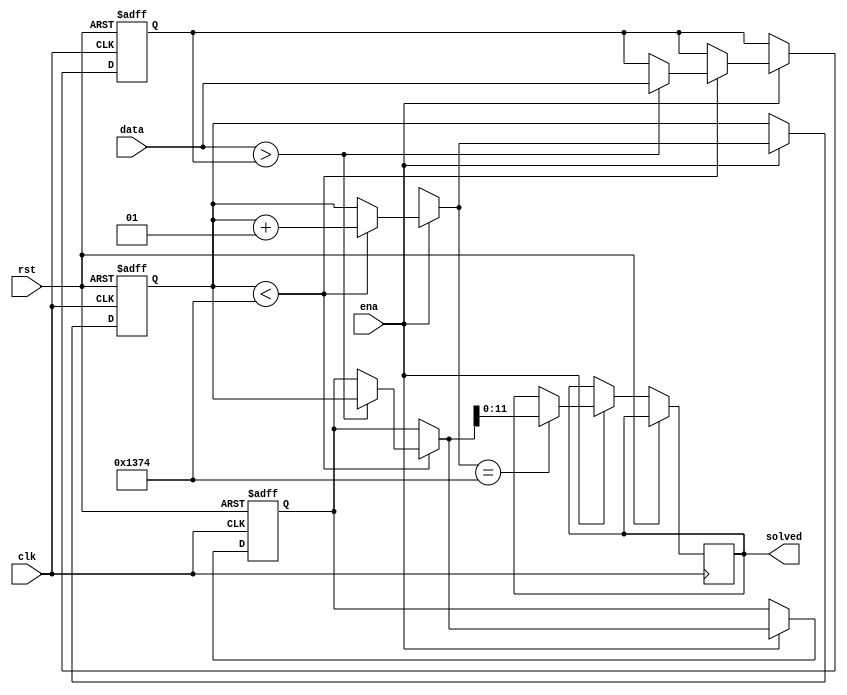
module SOLVER 
#(
	//Parametr iloci argumentw funkcji wyjciowej korelacji
	parameter corr = 4980

)(
	//Sygnay wejcia i wyjcia
	input rst,
	input clk,
	input [20:0] data,
	input ena,
	output reg [11:0] solved
);

//Lokalne zmienne 
reg [11:0] solved_local;
integer cnt;
integer saved_cnt;
reg [20:0] saved = 0;
reg local_ena;

always@(posedge clk or posedge rst) begin
	//Stan resetu
		if(rst)begin
			solved_local = 0;
			cnt = 0;
			saved_cnt = 0;
			saved = 0;
		/*Znajdowanie najwikszej wartoci z podanych przez sumator sum poprzez porwnywanie kolejnych wartoci do 
		siebie i zapamitywanie najwikszej z nich */
		end else begin
		local_ena = ena;
		if(local_ena)begin
		if (cnt < corr) begin
			if (data > saved) begin			
				saved = data;
				saved_cnt = cnt;			
			end
			cnt = cnt + 1;
		end
		if (cnt == corr) begin
			
				solved = saved_cnt;				
		end
		end
	end
end
endmodule